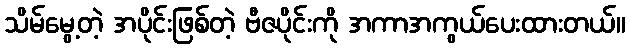
သိမ်မွေ့တဲ့ အပိုင်းဖြစ်တဲ့ ဗီဇပိုင်းကို အကာအကွယ်ပေးထားတယ်။